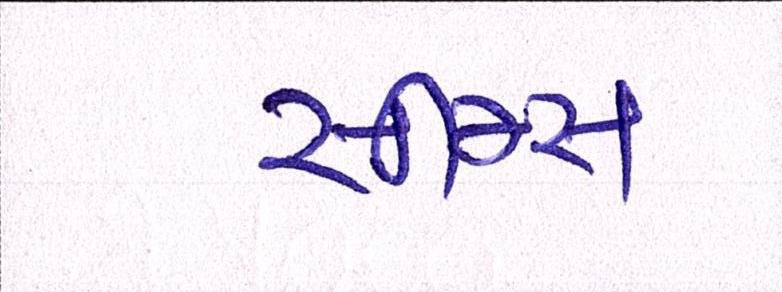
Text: સીમ્સ